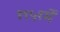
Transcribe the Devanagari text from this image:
१९५१में